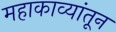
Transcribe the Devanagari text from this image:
महाकाव्यांतून